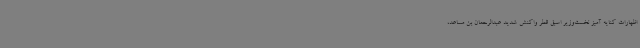
اظهارات کنایه آمیز نخست‌وزیر اسبق قطر واکنش شدید عبدالرحمان بن مساعد،